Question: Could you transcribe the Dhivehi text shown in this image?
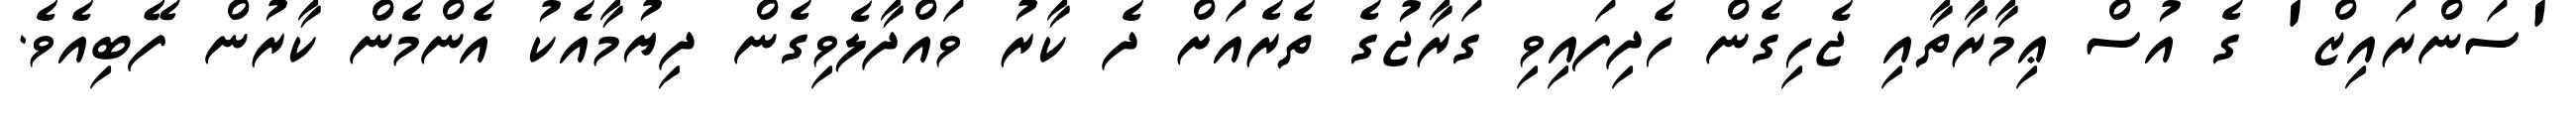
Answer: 'ސަންރައިޒް' ގެ އުސް ޢިމާރާތާއި ޖެހިގެން ހެދިފައިވި ގަރާޖުގެ ތެރެއަށް ދެ ކާރު ވައްދާލެވިގެން ދިޔުމާއެކު އެންމެން ކާރުން ފޭބިއެވެ.